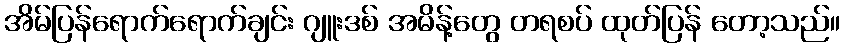
အိမ်ပြန်ရောက်ရောက်ချင်း ဂျူးဒစ် အမိန့်တွေ တရစပ် ထုတ်ပြန် တော့သည်။